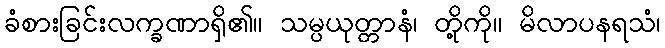
ခံစားခြင်းလက္ခဏာရှိ၏။ သမ္ပယုတ္တာနံ၊ တို့ကို။ မိလာပနရသံ၊